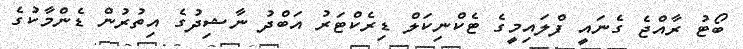
ބޯޓު ރާއްޖެ ގެނައީ ފްލައިމީގެ ޓެކްނިކަލް ޑިރެކްޓަރު އަބްދު ނާޝިދުގެ އިތުރުން ޑެންމާކުގެ